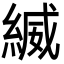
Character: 縅